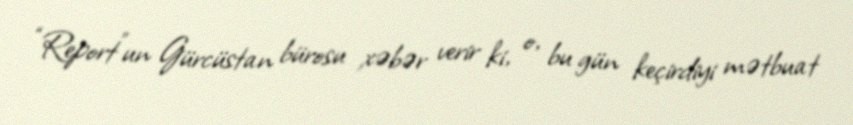
“Report”un Gürcüstan bürosu xəbər verir ki, o, bu gün keçirdiyi mətbuat